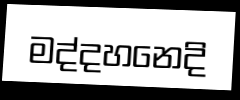
මද්දහනෙදි